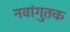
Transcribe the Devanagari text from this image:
नवांगुतक